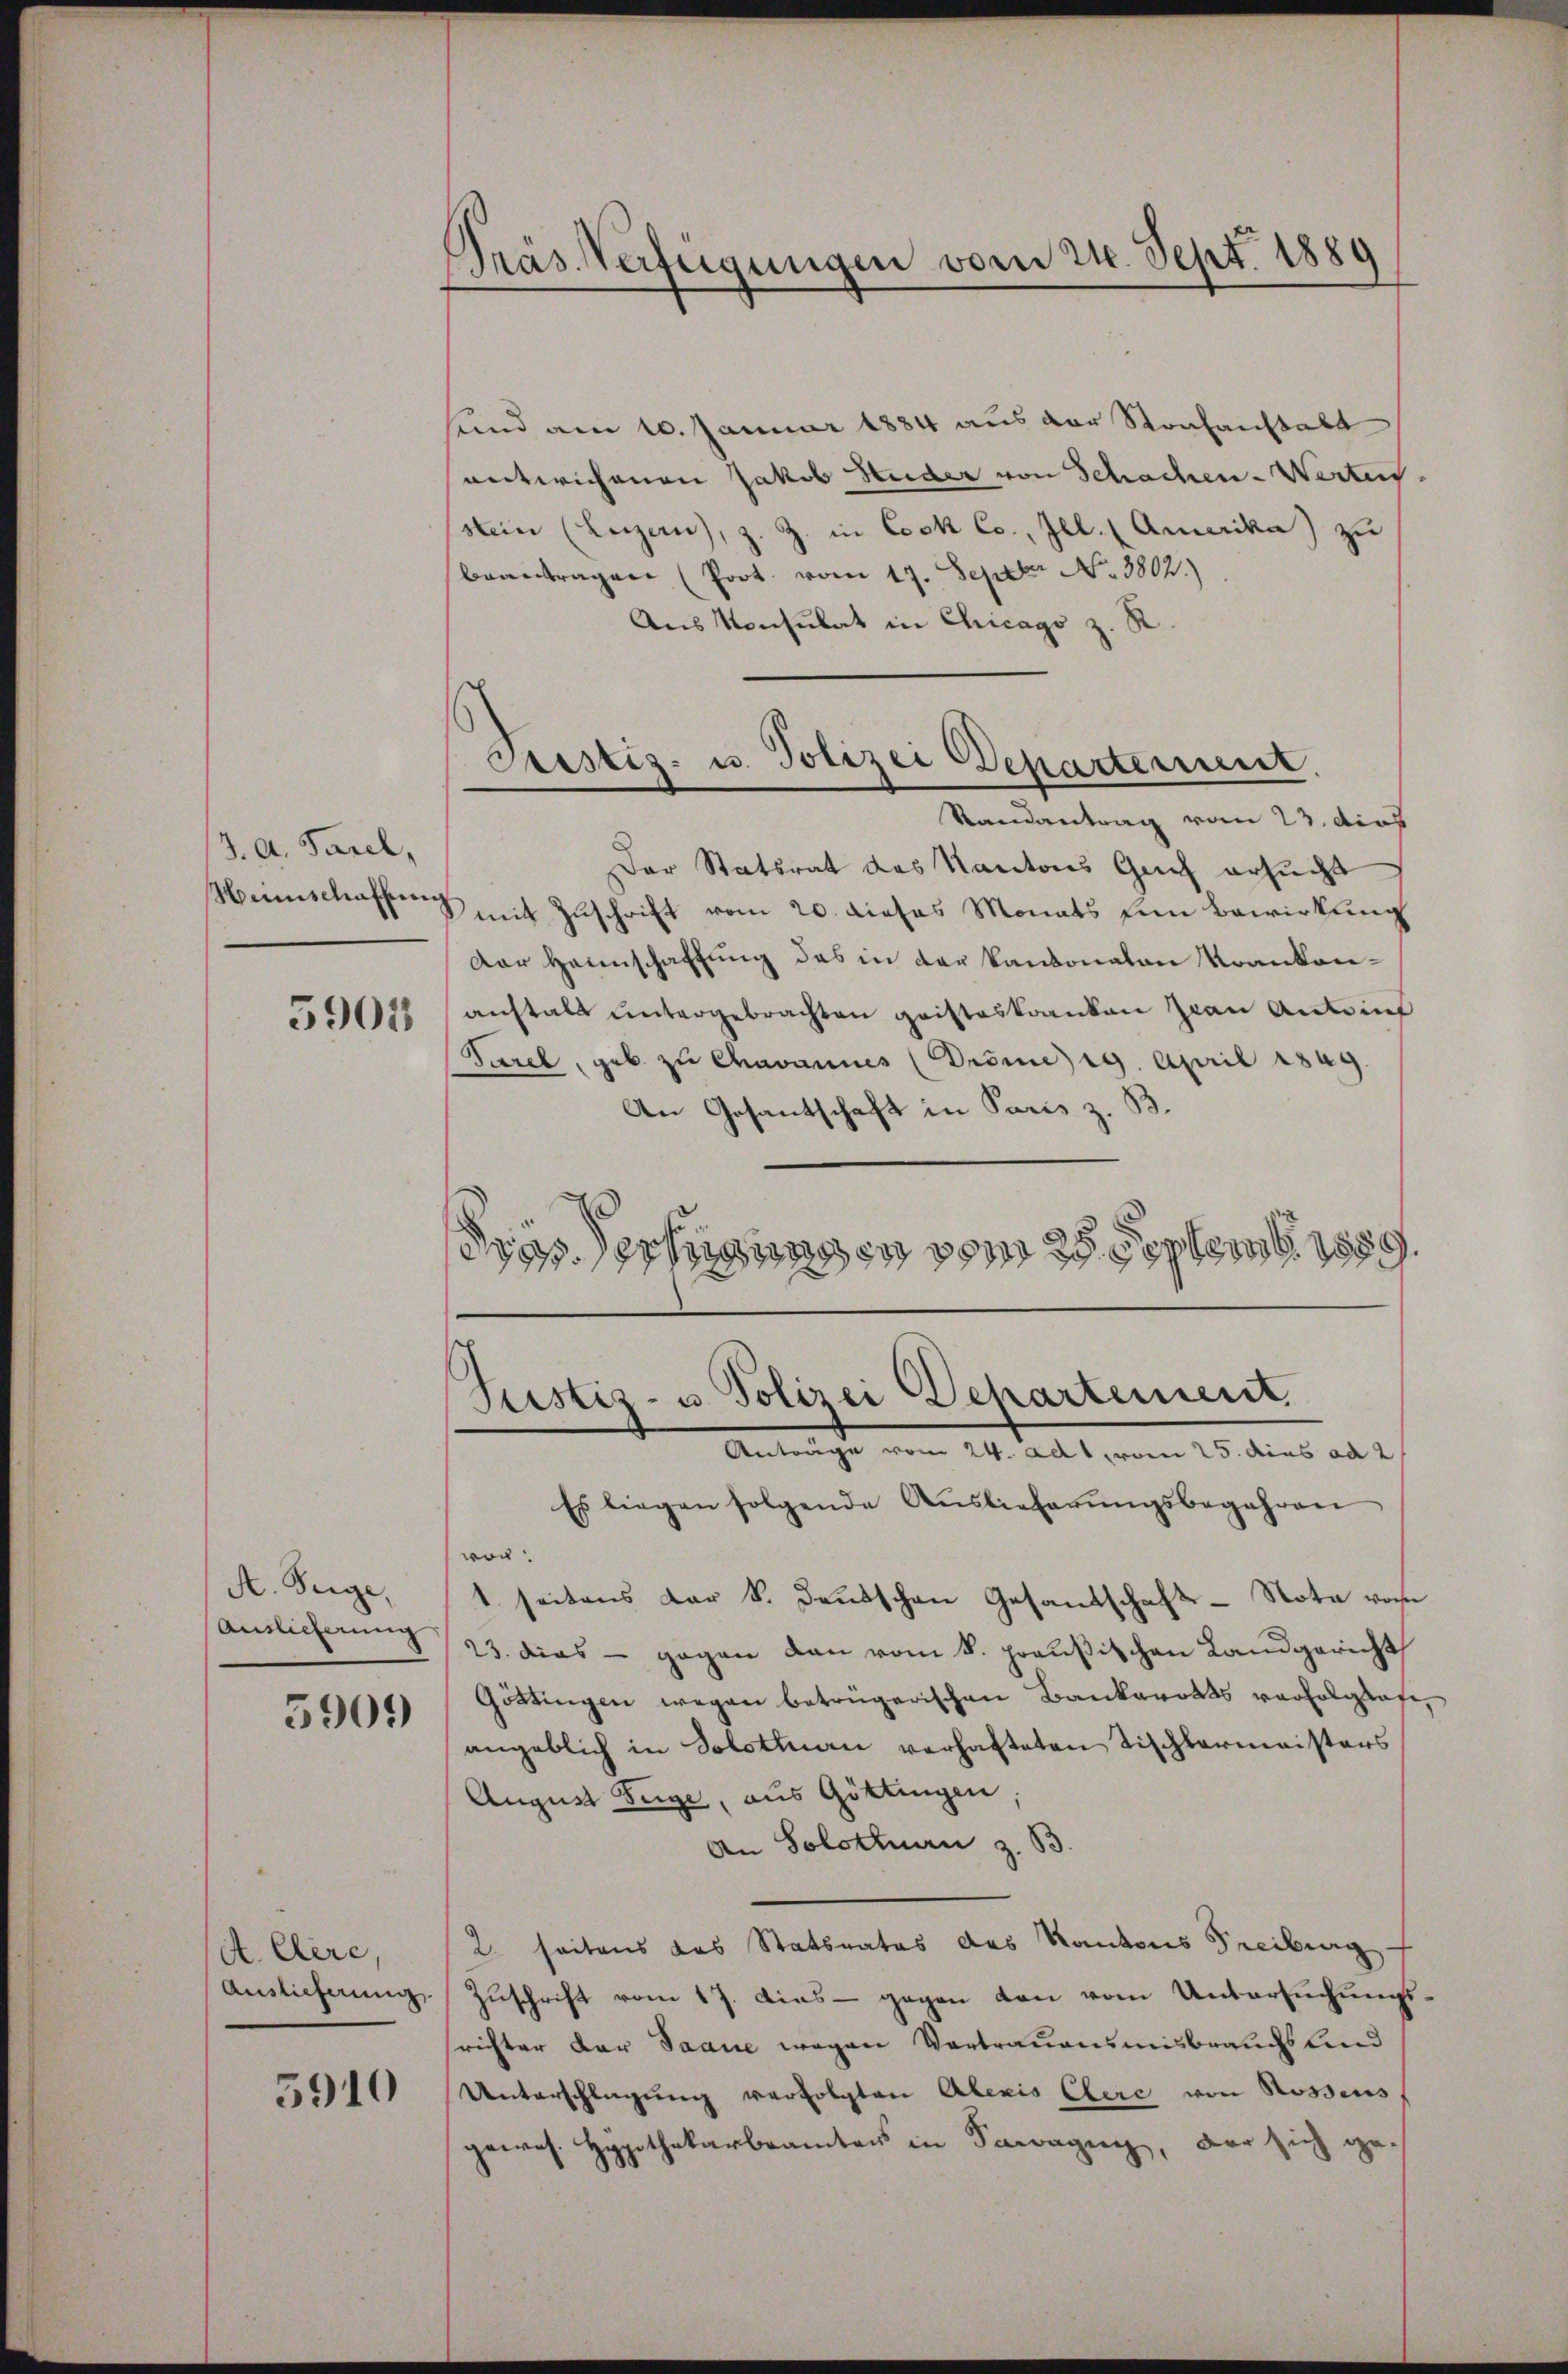
J. A. Parel,
Manschaffun

3905

A. Siege,
Auslieferung

5909

A. Clere,
Auslieferung

5910

Präs. Verfügungen vom 21. Sept. 1889

Testiz- u. Polizei Departement.

sund am 10. Januar 1884 aus der Strafanstalt
entwichenen Jakob Studer von Schachen-Werten.
stein (Luzern, z. Z. in Cock Co., Ill. Amerika) zu
beantragen (Poot vom 17. Septer No. 3802.)
Aus Konsulat in Chicago z. R.
Randantrag vom 23. dies
Der Statsrat des Kantons Guch ersucht
mit Zuschrift vom 20. dieses Monats um Bewirkung
Der Heimschaftung des in der Kantonalen Krankonanstalt untergebrachten Geisteskranken Frau Antrif
Tarel, geb. zu Chavannes (Dröme 19. April 1849.
An Gesantschaft in Paris z. B.
drossertigungen vom 28 Septen 1889.
Justiz- u. Polizei Departement
 24. ad 1, vom 25. dies ad 2
Es liegen folgende Auslieferŭngsbegehren
wor
1 seitens der S. Deutschen Gesandschaft-Nota vom
23. dies - gegen den vom 8. preußischen Landgericht
Göttingen wegen betrügerischen Bankarotts verfolgtafe,
angeblich in Solotinen verhafteten Tischlermeisters
August Fuge, aus Göttingen
An Solotinen z. B.
2 seitens das Statsrates des Kantons Freiburg
Zuschrift vom 17. dies - gegen den vom Untersuchungsrichter der Saane wegen Vortrauensmisbrauchs lind
Unterschlagung verfolgten Alexis Ehere von Rossens
gewes. Hypothekarbeamten in Sawagung, der sich ge¬